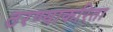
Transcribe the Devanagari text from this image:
ठरण्याकरिता